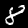
Label: 8